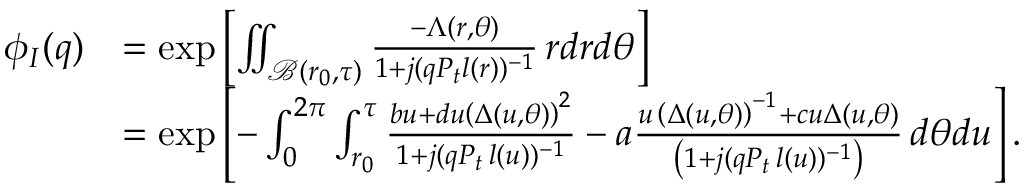
\begin{array} { r l } { \phi _ { I } ( q ) } & { = \exp \left[ \iint _ { \mathcal { B } ( r _ { 0 } , \tau ) } \frac { - \Lambda ( r , \theta ) } { 1 + j ( q P _ { t } l ( r ) ) ^ { - 1 } } \, r d r d \theta \right] } \\ & { = \exp \left[ - \int _ { 0 } ^ { 2 \pi } \int _ { r _ { 0 } } ^ { \tau } \frac { b u + d u \left( \Delta ( u , \theta ) \right) ^ { 2 } } { 1 + j ( q P _ { t } \, l ( u ) ) ^ { - 1 } } - a \frac { u \, \left( \Delta ( u , \theta ) \right) ^ { - 1 } + c u \Delta ( u , \theta ) } { \left( 1 + j ( q P _ { t } \, l ( u ) ) ^ { - 1 } \right) } \, d \theta d u \right] . } \end{array}